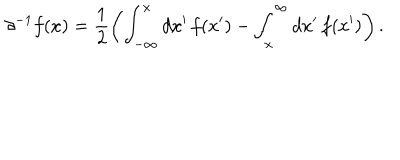
LaTeX: \partial ^ { - 1 } f ( x ) = \frac { 1 } { 2 } \left( \int _ { - \infty } ^ { x } d x ^ { \prime } \, f ( x ^ { \prime } ) - \int _ { x } ^ { \infty } d x ^ { \prime } \, f ( x ^ { \prime } ) \right) .